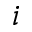
i